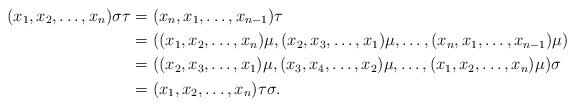
LaTeX: \begin{align*}(x_1, x_2, \dots, x_n) \sigma \tau &= (x_n, x_1, \dots, x_{n-1})\tau \\& = ((x_1, x_2, \dots, x_n )\mu, (x_2, x_3, \dots, x_1)\mu, \dots, (x_n, x_1, \dots, x_{n-1})\mu) \\& = ((x_2, x_3, \dots, x_1)\mu, (x_3, x_4, \dots, x_2) \mu, \dots, (x_1, x_2, \dots, x_n )\mu ) \sigma \\& = (x_1, x_2, \dots, x_n) \tau \sigma.\end{align*}